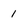
Character: 1